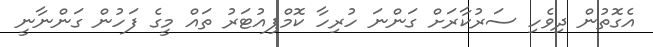
އެގޮތުން ދިވެހި ސަރުކާރަށް ގަންނަ ހުރިހާ ކޮމްޕިއުޓަރު ތައް މީގެ ފަހުން ގަންނާނީ